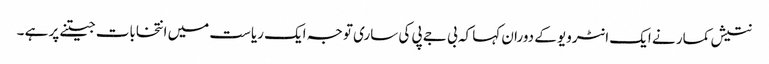
نتیش کمار نے ایک انٹرویو کے دوران کہا کہ بی جے پی کی ساری توجہ ایک ریاست میں انتخابات جیتنے پر ہے ۔